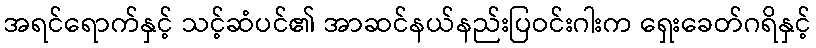
အရင်ရောက်နှင့် သင့်ဆံပင်၏ အာဆင်နယ်နည်းပြဝင်းဂါးက ရှေးခေတ်ဂရိနှင့်